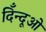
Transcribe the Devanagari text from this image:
दिँन्दूओ